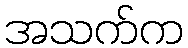
အသက်က